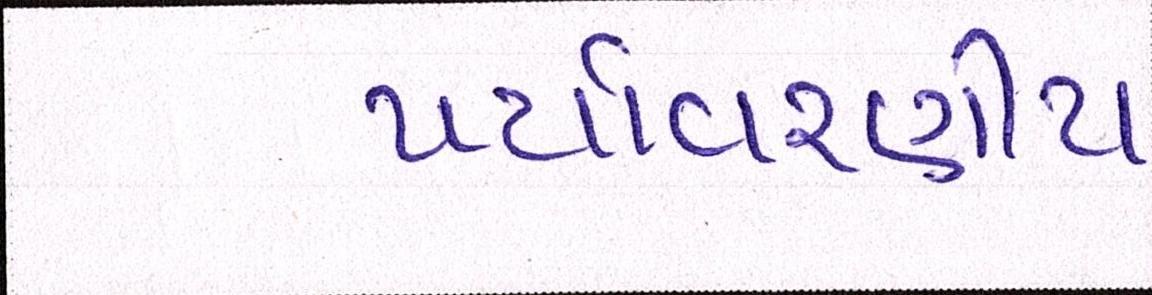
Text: પર્યાવરણીય